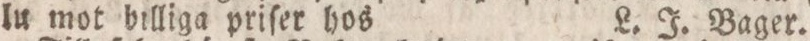
lu mot billiga priſer hos L. J. Bager.